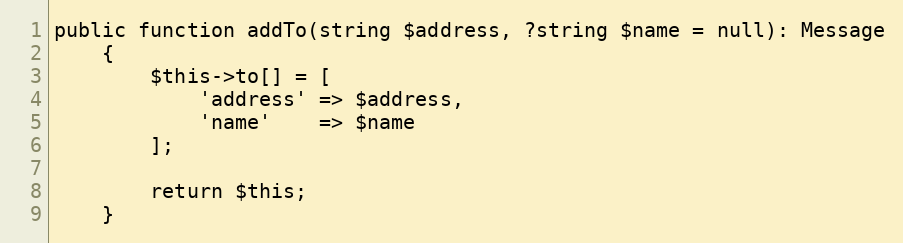
Language: PHP
public function addTo(string $address, ?string $name = null): Message
    {
        $this->to[] = [
            'address' => $address,
            'name'    => $name
        ];

        return $this;
    }